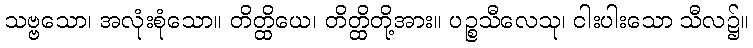
သဗ္ဗသော၊ အလုံးစုံသော။ တိတ္ထိယေ၊ တိတ္ထိတို့အား။ ပဉ္စသီလေသု၊ ငါးပါးသော သီလ၌။